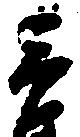
市